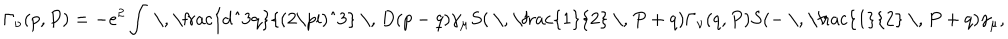
LaTeX: \Gamma _ { \nu } ( p , P ) = - e ^ { 2 } \int \mathrm { ~ \, ~ \frac { d ^ { 3 } q } { ( 2 \ p i ) ^ { 3 } } ~ \, ~ } D ( p - q ) \gamma _ { \mu } S ( \mathrm { ~ \, ~ \frac { 1 } { 2 } ~ \, ~ } P + q ) \Gamma _ { \nu } ( q , P ) S ( - \mathrm { ~ \, ~ \frac { 1 } { 2 } ~ \, ~ } P + q ) \gamma _ { \mu } ,